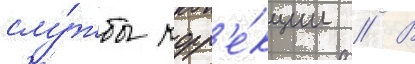
слу́жбы корр'е́кции // В